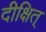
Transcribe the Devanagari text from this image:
दीक्षित्